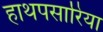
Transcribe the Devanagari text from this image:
हाथपसारिया